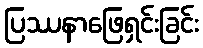
ပြဿနာဖြေရှင်းခြင်း